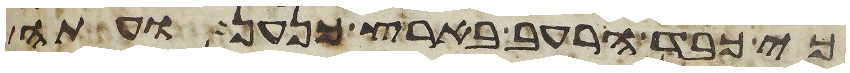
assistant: כי כבד הרעב בארץ כנען ועתה